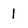
Character: 1